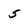
Character: 5